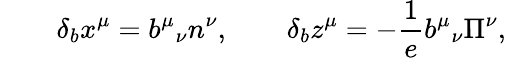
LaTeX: \qquad\delta_{b}x^{\mu}=b^{\mu}{}_{\nu}n^{\nu},\qquad\delta_{b}z^{\mu}=-\frac 1{e}b^{\mu}{}_{\nu}\Pi^{\nu},